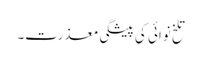
تلخ نوائی کی پیشگی معذرت۔